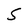
Character: S